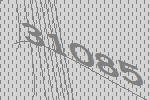
31085